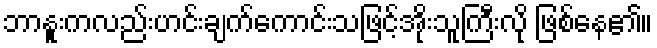
ဘာနူးကလည်းဟင်းချက်ကောင်းသဖြင့်အိုးသူကြီးလို ဖြစ်နေ၏။